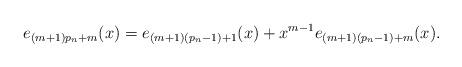
LaTeX: \begin{align*}e_{(m+1)p_n+m}(x)=e_{(m+1)(p_n-1)+1}(x)+x^{m-1}e_{(m+1)(p_n-1)+m}(x).\end{align*}